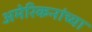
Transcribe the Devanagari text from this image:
अमेरिकनांच्या